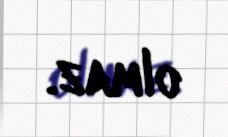
olmaz.